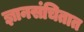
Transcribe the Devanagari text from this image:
ज्ञानसंचितात